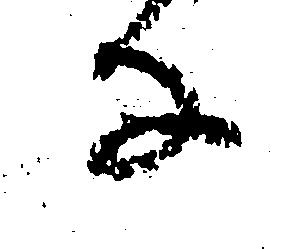
な